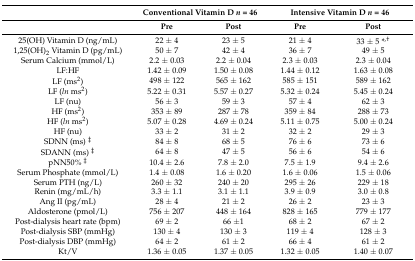
<table><thead><tr><td></td><td colspan="2"><b>Conventional Vitamin D <i>n</i> = 46</b></td><td colspan="2"><b>Intensive Vitamin D <i>n</i> = 46</b></td></tr><tr><td></td><td><b>Pre</b></td><td><b>Post</b></td><td><b>Pre</b></td><td><b>Post</b></td></tr></thead><tbody><tr><td>25(OH) Vitamin D (ng/mL)</td><td>22 ± 4</td><td>23 ± 5</td><td>21 ± 4</td><td>33 ± 5 *<sup>,†</sup></td></tr><tr><td>1,25(OH)<sub>2</sub> Vitamin D (pg/mL)</td><td>50 ± 7</td><td>42 ± 4</td><td>36 ± 7</td><td>49 ± 5</td></tr><tr><td>Serum Calcium (mmol/L)</td><td>2.2 ± 0.03</td><td>2.2 ± 0.04</td><td>2.3 ± 0.03</td><td>2.3 ± 0.04</td></tr><tr><td>LF:HF</td><td>1.42 ± 0.09</td><td>1.50 ± 0.08</td><td>1.44 ± 0.12</td><td>1.63 ± 0.08</td></tr><tr><td>LF (ms<sup>2</sup>)</td><td>498 ± 122</td><td>565 ± 162</td><td>585 ± 151</td><td>589 ± 162</td></tr><tr><td>LF (<i>ln</i> ms<sup>2</sup>)</td><td>5.22 ± 0.31</td><td>5.57 ± 0.27</td><td>5.32 ± 0.24</td><td>5.45 ± 0.24</td></tr><tr><td>LF (nu)</td><td>56 ± 3</td><td>59 ± 3</td><td>57 ± 4</td><td>62 ± 3</td></tr><tr><td>HF (ms<sup>2</sup>)</td><td>353 ± 89</td><td>287 ± 78</td><td>359 ± 84</td><td>288 ± 73</td></tr><tr><td>HF (<i>ln</i> ms<sup>2</sup>)</td><td>5.07 ± 0.28</td><td>4.69 ± 0.24</td><td>5.11 ± 0.75</td><td>5.00 ± 0.24</td></tr><tr><td>HF (nu)</td><td>33 ± 2</td><td>31 ± 2</td><td>32 ± 2</td><td>29 ± 3</td></tr><tr><td>SDNN (ms) <sup>‡</sup></td><td>84 ± 8</td><td>68 ± 5</td><td>76 ± 6</td><td>73 ± 6</td></tr><tr><td>SDANN (ms) <sup>‡</sup></td><td>64 ± 8</td><td>47 ± 5</td><td>56 ± 6</td><td>54 ± 6</td></tr><tr><td>pNN50% <sup>‡</sup></td><td>10.4 ± 2.6</td><td>7.8 ± 2.0</td><td>7.5 ± 1.9</td><td>9.4 ± 2.6</td></tr><tr><td>Serum Phosphate (mmol/L)</td><td>1.4 ± 0.08</td><td>1.6 ± 0.20</td><td>1.6 ± 0.06</td><td>1.5 ± 0.06</td></tr><tr><td>Serum PTH (ng/L)</td><td>260 ± 32</td><td>240 ± 20</td><td>295 ± 26</td><td>229 ± 18</td></tr><tr><td>Renin (mg/mL/h)</td><td>3.3 ± 1.1</td><td>3.1 ± 1.1</td><td>3.9 ± 0.9</td><td>3.0 ± 0.8</td></tr><tr><td>Ang II (pg/mL)</td><td>28 ± 4</td><td>21 ± 2</td><td>26 ± 2</td><td>23 ± 3</td></tr><tr><td>Aldosterone (pmol/L)</td><td>756 ± 207</td><td>448 ± 164</td><td>828 ± 165</td><td>779 ± 177</td></tr><tr><td>Post-dialysis heart rate (bpm)</td><td>69 ± 2</td><td>66 ±1</td><td>68 ± 2</td><td>67 ± 2</td></tr><tr><td>Post-dialysis SBP (mmHg)</td><td>130 ± 4</td><td>130 ± 3</td><td>119 ± 4</td><td>128 ± 3</td></tr><tr><td>Post-dialysis DBP (mmHg)</td><td>64 ± 2</td><td>61 ± 2</td><td>66 ± 4</td><td>61 ± 2</td></tr><tr><td>Kt/V</td><td>1.36 ± 0.05</td><td>1.37 ± 0.05</td><td>1.32 ± 0.05</td><td>1.40 ± 0.07</td></tr></tbody></table>